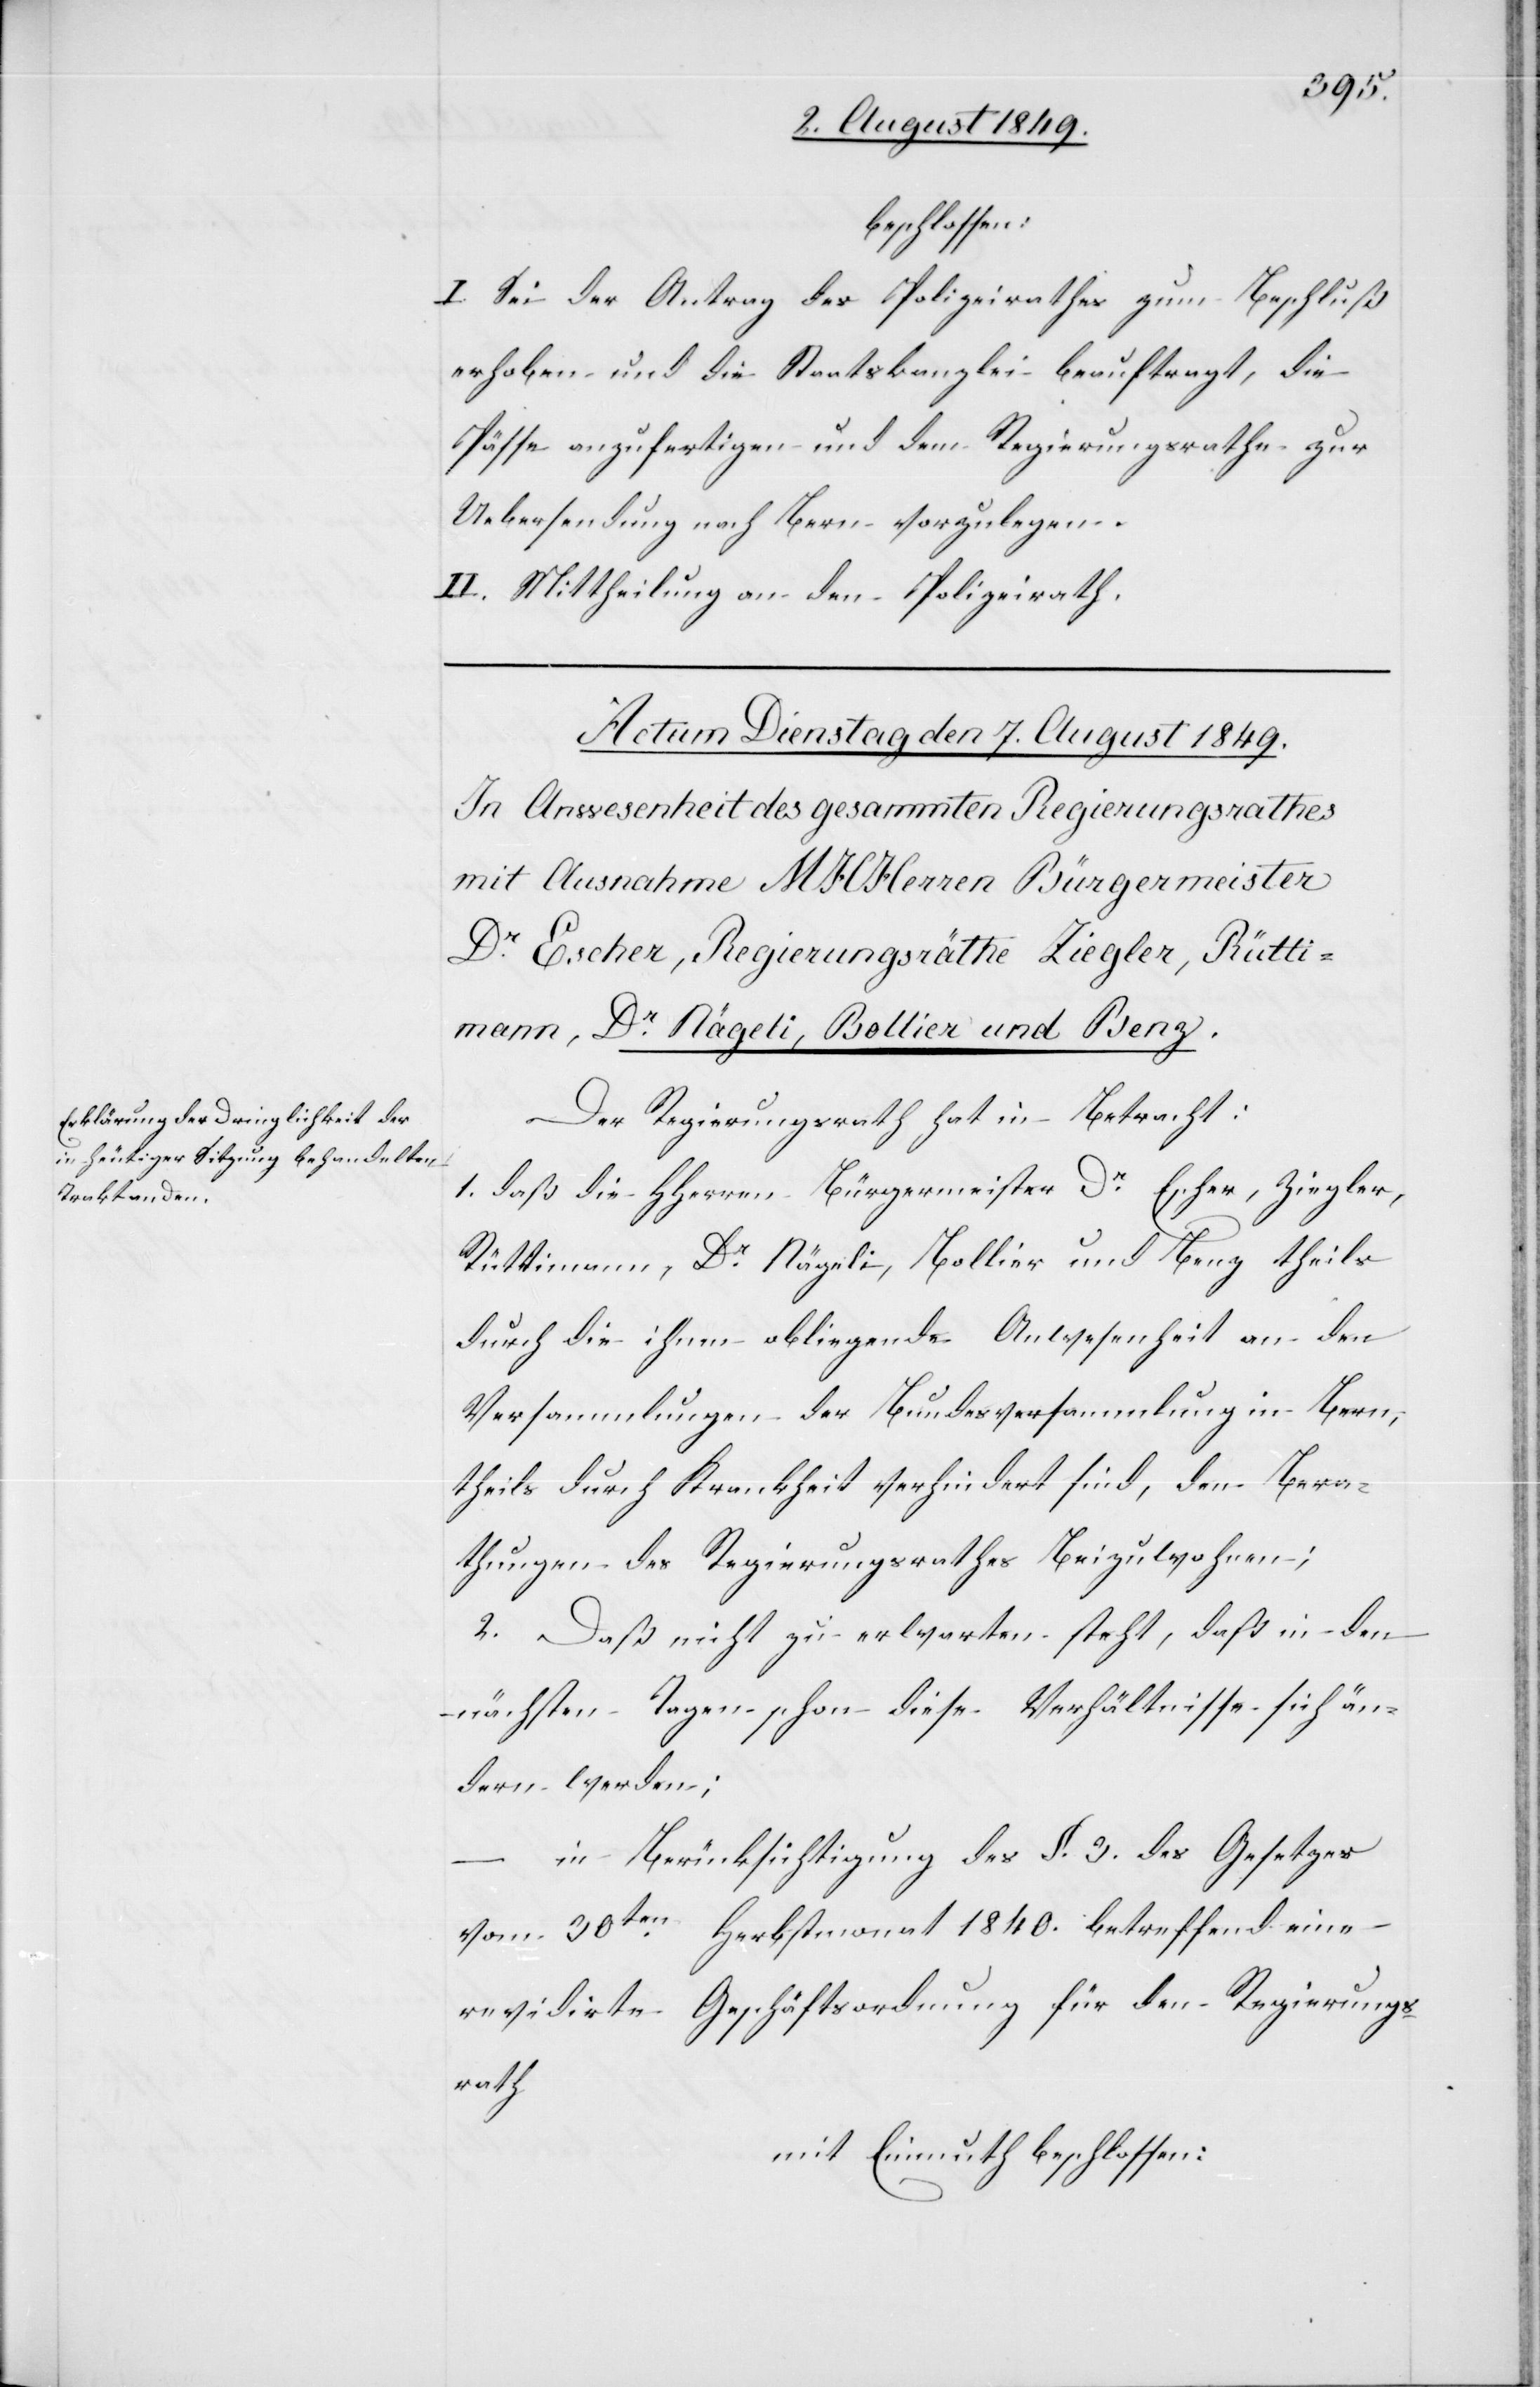
beschlossen:
I. Sei der Antrag des Polizeirathes zum Beschluß
erhoben und die Staatskanzlei beauftragt, die
Pässe anzufertigen und dem Regierungsrathe zur
Uebersendung nach Bern vorzulegen.
II. Mittheilung an den Polizeirath.
Der Regierungsrath hat in Betracht:
1. daß die HHerren Bürgermeister Dr Escher, Ziegler,
Rüttimann, Dr Nägeli, Bollier und Benz theils
durch die ihnen obliegende Anwesenheit an den
Versammlungen der Bundesversammlung in Bern,
theils durch Krankheit verhindert sind, den Bera¬
thungen des Regierungsrathes beizuwohnen;
2. Daß nicht zu erwarten steht, daß in den
nächsten Tagen schon diese Verhältnisse sich än¬
dern werden;
– in Berücksichtigung des §. 3. des Gesetzes
vom 30ten Herbstmonat 1840. betreffend eine
revidirte Geschäftsordnung für den Regierungs¬
rath
mit Einmuth beschlossen: